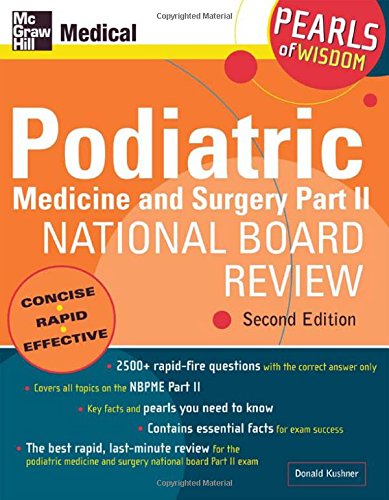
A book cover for Podiatric Medicine and Surgery Part II National Board Review: Pearls of Wisdom,  Second Edition (Pt. 2); Donald Kushner; Medical Books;